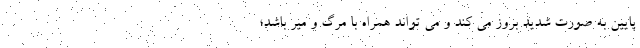
پایین به صورت شدید بروز می کند و می تواند همراه با مرگ و میر باشد؛